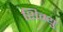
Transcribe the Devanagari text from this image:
शिम्यु